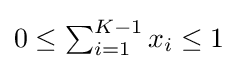
0\leq \textstyle \sum _{i=1}^{K-1}x_{i}\leq 1